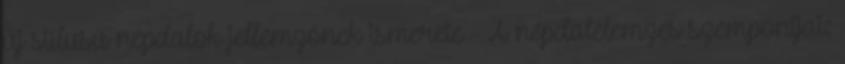
új stílusú népdalok jellemzőnek ismerete - A népdalelemzés szempontjai: